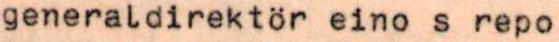
generaldirektör eino s repo